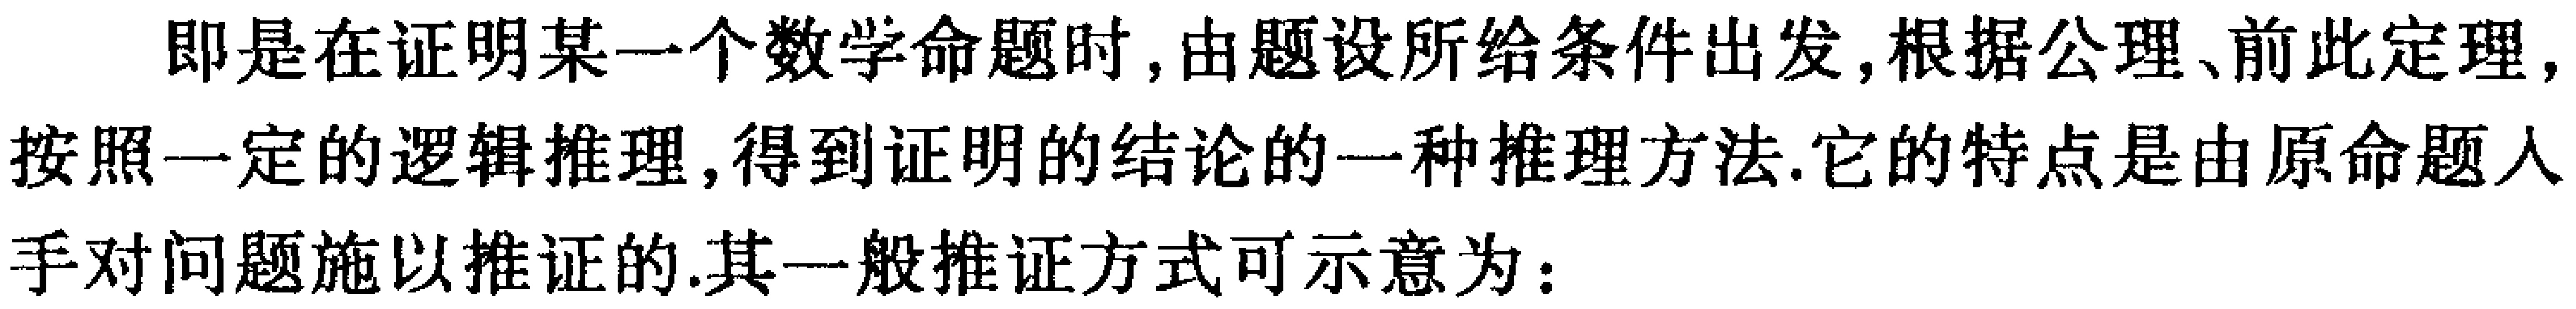
即是在证明某一个数学命题时, 由题设所给条件出发, 根据公理、前此定理, 按照一定的逻辑推理, 得到证明的结论的一种推理方法. 它的特点是由原命题入手对问题施以推证的. 其一般推证方式可示意为：